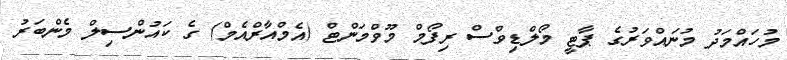
މުހައްމަދު މުނައްވަރުގެ ޕާޓީ މޯލްޑިވްސް ރިފޯމް މޫވްމަންޓް (އެމްއާރްއެމް) ގެ ކައުންސިލް މެންބަރު